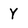
Character: Y